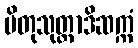
ပိတုသုတ္တာဒိဆက္ကံ